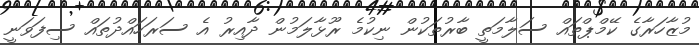
މުޒާހަރާގެ ކޭމްޕްތައް ސަލާމަތީ ބާރުތަކުން ނިކުމެ ރޫޅާލަމުން ދާއިރު އެ ސަރަހައްދުތައް ސިފަވަނީ